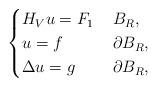
LaTeX: \begin{align*}\begin{cases}H_V u = F_1 &\,B_R,\\u = f & \,\partial B_R,\\\Delta u = g & \,\partial B_R,\end{cases}\end{align*}